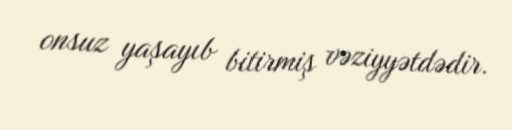
onsuz yaşayıb bitirmiş vəziyyətdədir.